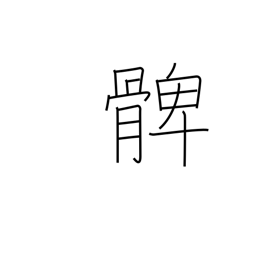
Meaning: thigh